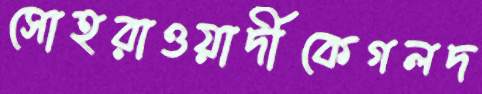
সোহরাওয়ার্দীকেগলদ